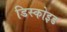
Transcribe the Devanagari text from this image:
डिस्कोइड